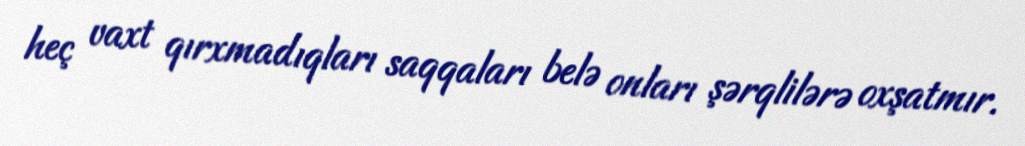
heç vaxt qırxmadıqları saqqaları belə onları şərqlilərə oxşatmır.